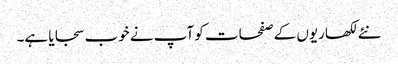
نئے لکھاریوں کے صفحات کو آپ نے خوب سجایا ہے۔